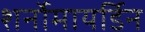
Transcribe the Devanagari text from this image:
शर्नोमायर्डिन